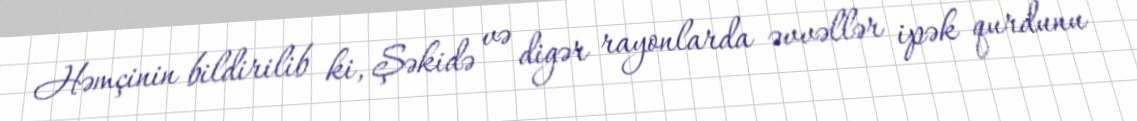
Həmçinin bildirilib ki, Şəkidə və digər rayonlarda əvvəllər ipək qurdunu